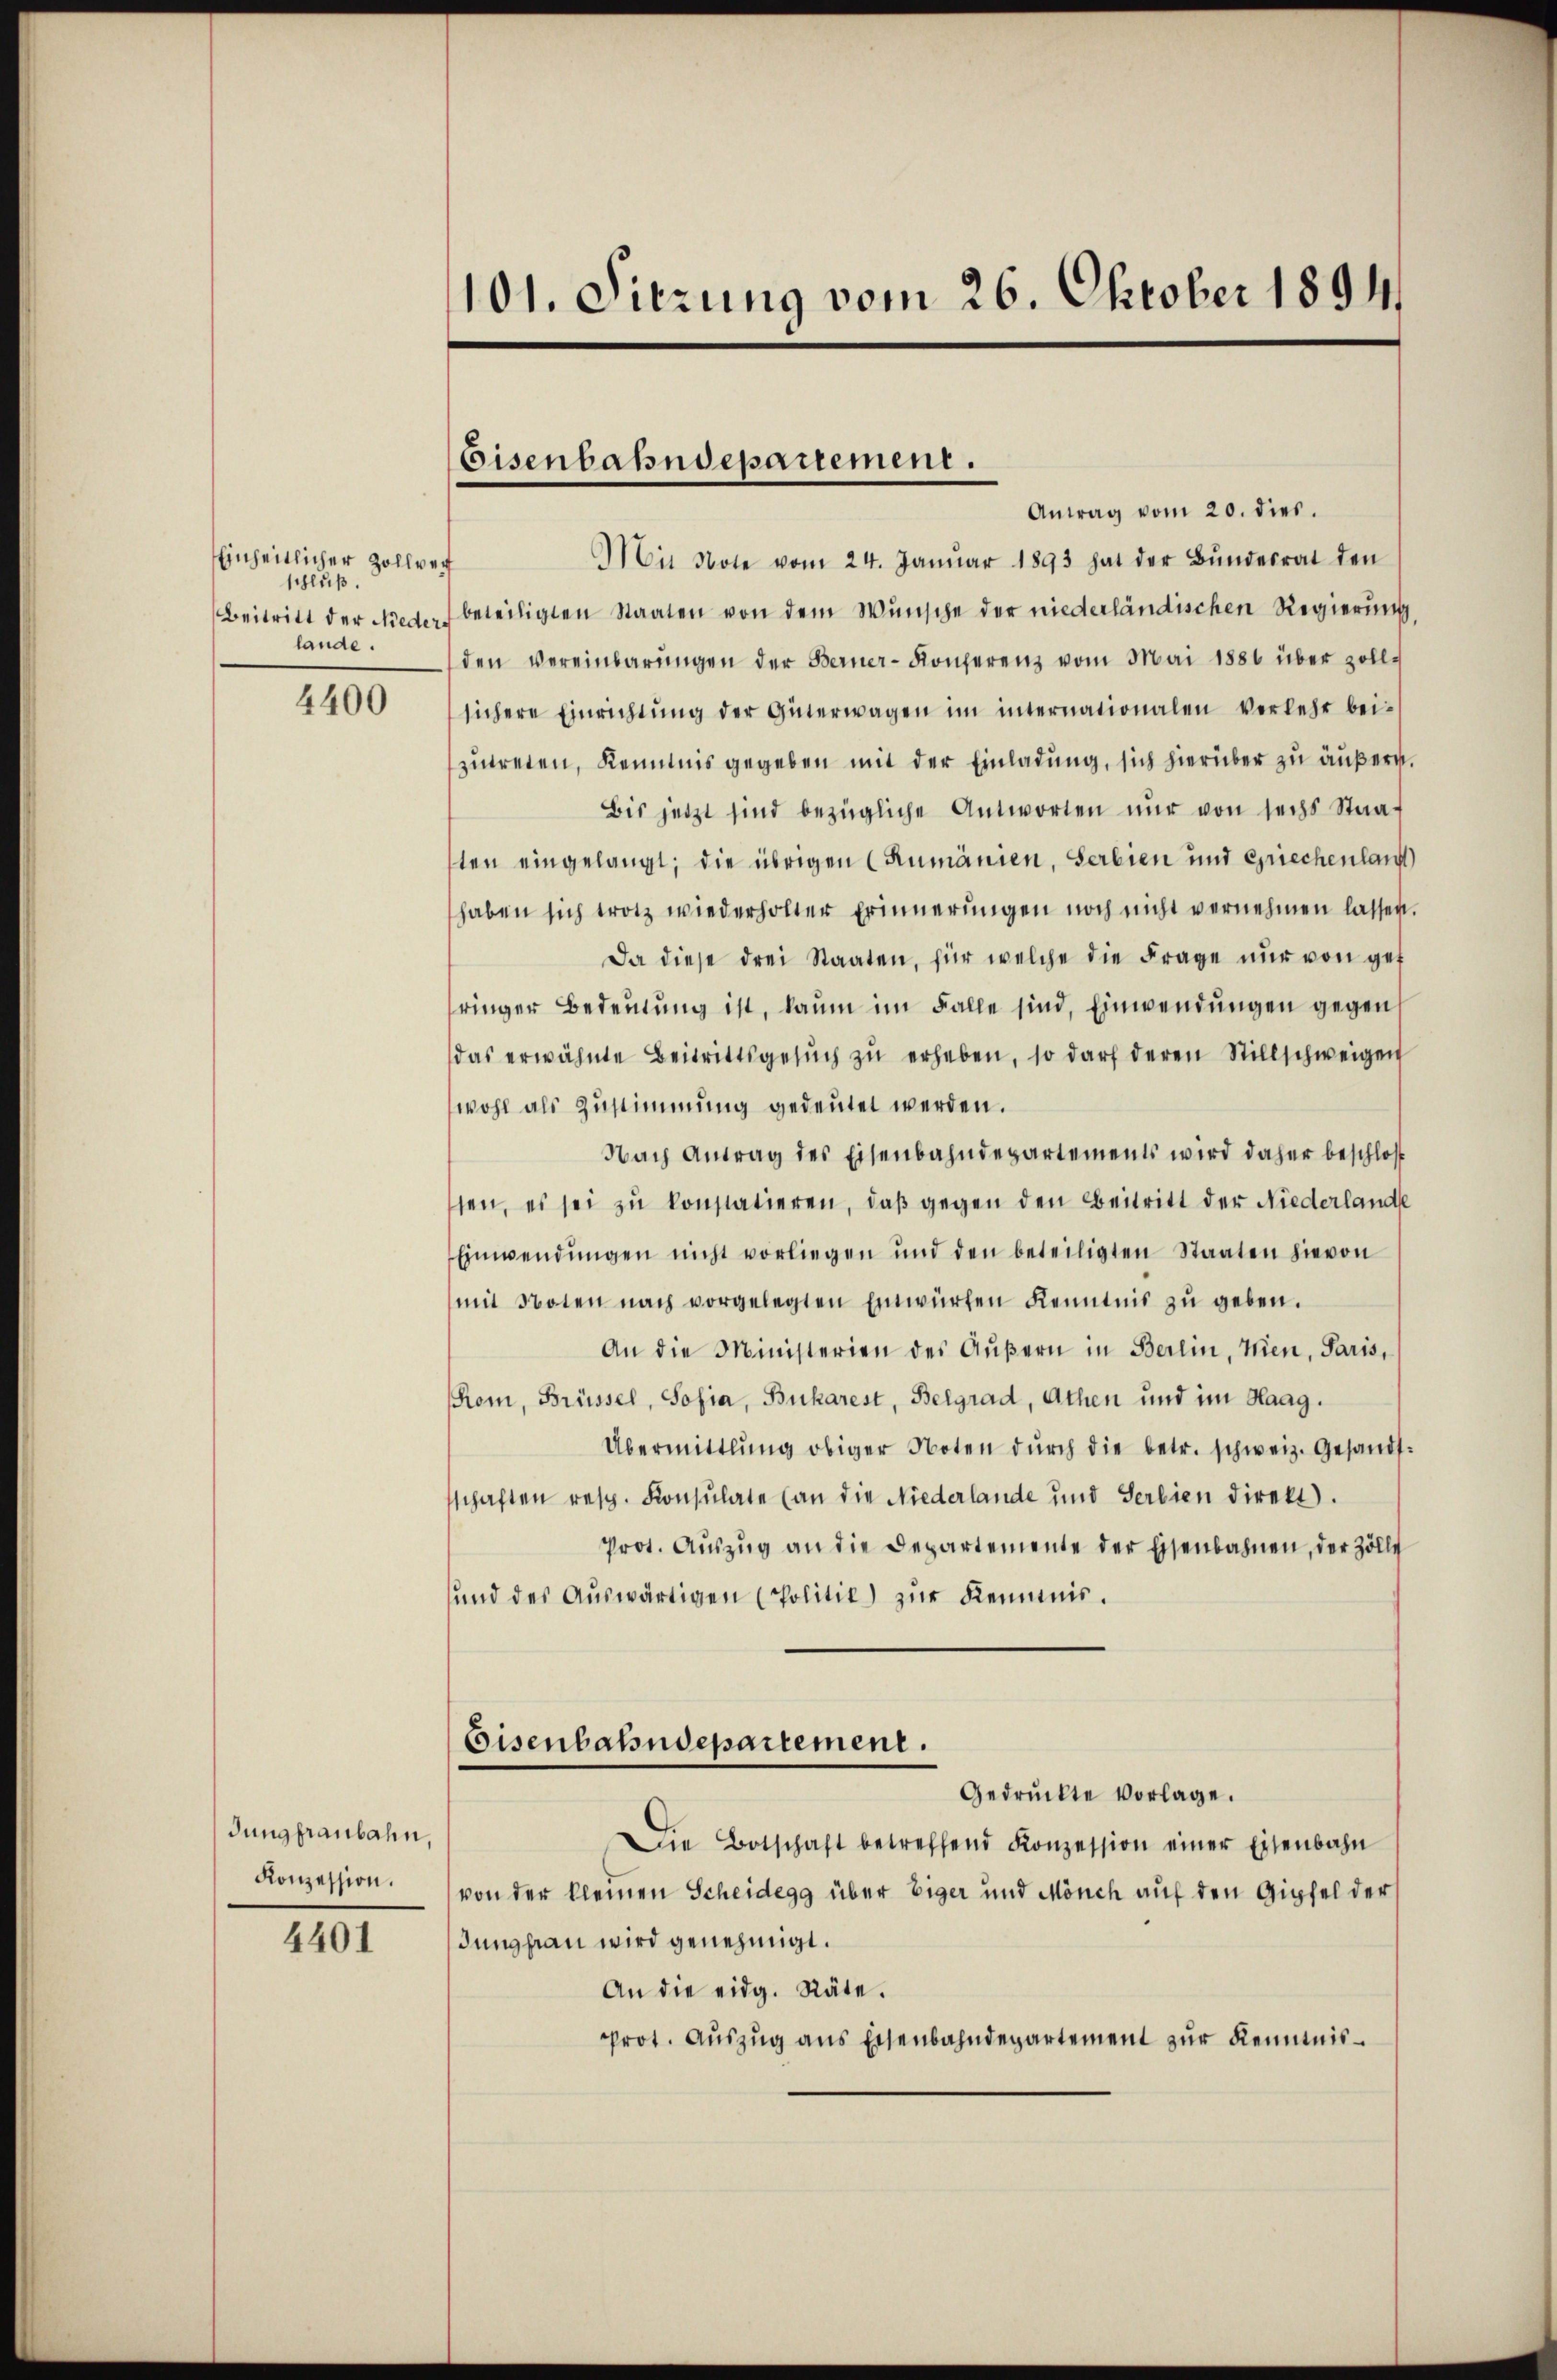
Einheitlicher Zollver
schluß.
lande.

4400

dung franbahn,
Konzession.

4401

101. Sitzung vom 26. Oktober 1894

Eisenbahndepartement.

Antrag vom 20. dies.
Mit Note vom 24. Janŭar 1893 hat der Bŭndesrat den
Beitritt der Nieder beteiligten Staaten von dem Wunsche der niederländischen Regierung
den vereinbarŭngen der Berner-Konferenz vom Mai 1881 über zollsichere Einrichtŭng der Güterwagen im internationalen Verlehr bei-
zŭtreten, Kenntnis gegeben mit der Einladung, sich hierüber zu äußern.
Bis jetzt sind bezügliche Antworten nŭr von sechs Staat
sten eingelangt; die übrigen (Rumänien, Serbien und Griechenlang
haben sich trotz wiederholter Erinnerungen noch nicht vernehmen lassen.
Da diese drei Staaten, für welche die Frage nur von get
ringer Bedeŭtŭng ist, kaum im Falle sind, Einwendungen gegen
das erwähnte Beitrittsgesŭch zŭ erheben, so darf deren Stillschweigen
wohl als Zustimmung gedeutet werden.
Nach Antrag des Eisenbahndepartements wird daher beschlos
ssen, es sei zŭ konstatieren, daβ gegen den Beitritt der Niederlande
Einwendŭngen nicht vorliegen und den beteiligten Staaten hievon
mit Noten nach vorgelegten Einwürfen Kenntnis zŭ geben.
An die Ministerien des Aŭβern in Berlin, Wien, Paris,
Rom, Brüssel, Sofia, Bukarest, Belgrad, Athen und im Haag.
Übermittlung obiger Noten dŭrch die betr. schweiz. Gesandtsschaften resp. Konsulate (an die Niederlande und Serbien direkt.
Prot. Aŭszŭg an die Departemente der Eisenbahnen, der Zölle
und des Aŭswärtigen (Politic) zŭr Kenntnis.
Eisenbahndepartement.
Gedrückte vorlage.
Die Botschaft betreffend Konzession einer Eisenbahn
von der kleinen Scheidegg über Eiger und Mönch auf den Gipfel der
Jungfrau wird genehmigt.
An die eidg. Räte.
prot. Aŭszŭg ans Eisenbahndepartement zur Kenntnis¬